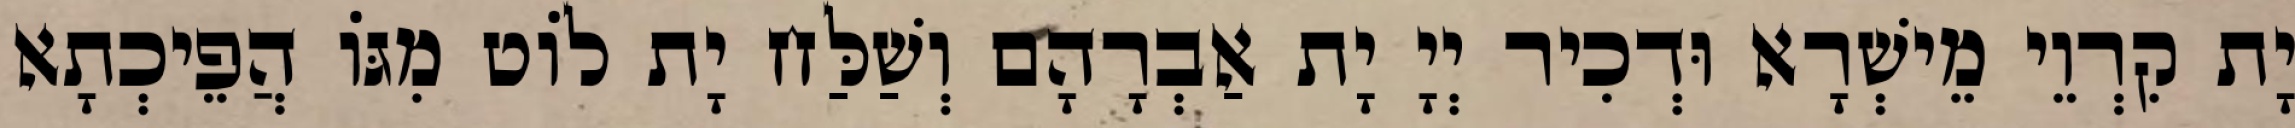
יָת קִרְוֵי מֵישְׁרָא וּדְכִיר יְיָ יָת אַבְרָהָם וְשַׁלַּח יָת לוֹט מִגּוֹ הֲפֵיכְתָא